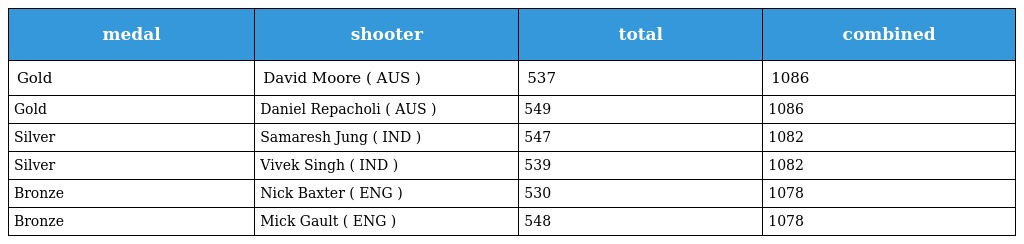
| medal | shooter | total | combined |
 | --- | --- | --- | --- |
 | Gold | David Moore ( AUS ) | 537 | 1086 |
 | Gold | Daniel Repacholi ( AUS ) | 549 | 1086 |
 | Silver | Samaresh Jung ( IND ) | 547 | 1082 |
 | Silver | Vivek Singh ( IND ) | 539 | 1082 |
 | Bronze | Nick Baxter ( ENG ) | 530 | 1078 |
 | Bronze | Mick Gault ( ENG ) | 548 | 1078 |